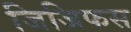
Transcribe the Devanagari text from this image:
जिजिफस